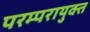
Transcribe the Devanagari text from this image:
परम्परायुक्त